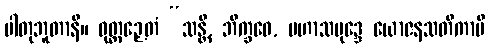
ပါတုဘူတာနိ။ ဝုတ္တဉှေတံ “သန္တိ, ဘိက္ခဝေ, မဟာသမုဒ္ဒေ ယောဇနသတိကာပိ